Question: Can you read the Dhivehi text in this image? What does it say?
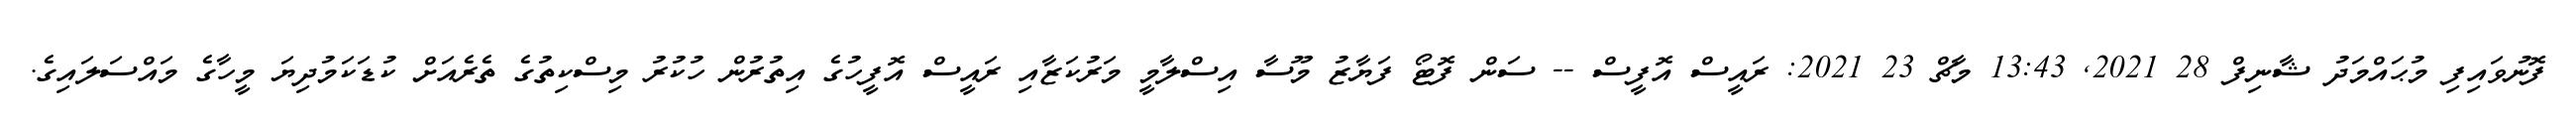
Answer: ފޮނުވައިފި މުޙައްމަދު ޝާނިފް 28 2021, 13:43 މާޗް 23 2021: ރައީސް އޮފީސް -- ސަން ފޮޓޯ ފަޔާޒު މޫސާ އިސްލާމީ މަރުކަޒާއި ރައީސް އޮފީހުގެ އިތުރުން ހުކުރު މިސްކިތުގެ ތެރެއަށް ކުޑަކަމުދިޔަ މީހާގެ މައްސަލައިގެ.